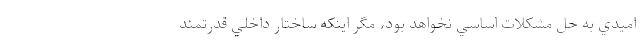
اميدي به حل مشكلات اساسي نخواهد بود، مگر اينكه ساختار داخلي قدرتمند